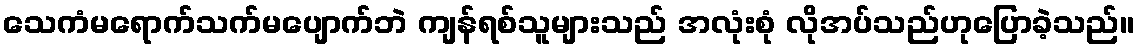
သေကံမရောက်သက်မပျောက်ဘဲ ကျန်ရစ်သူများသည် အလုံးစုံ လိုအပ်သည်ဟုပြောခဲ့သည်။